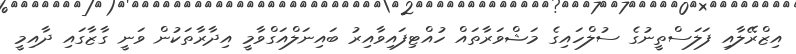
އިޒްރޭލާއި ފަލަސްތީނުގެ ސުލްހައިގެ މަޝްވަރާތައް ހުއްޓިފައިވާއިރު ބައިނަލްއަގްވާމީ އިދާރާތަކުން ވަނީ ގާޒާގައި ދާއިމީ